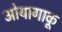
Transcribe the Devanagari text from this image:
ओयागाकू